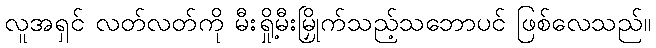
လူအရှင် လတ်လတ်ကို မီးရှို့မီးမြှိုက်သည့်သဘောပင် ဖြစ်လေသည်။